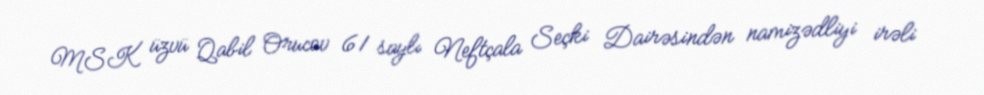
MSK üzvü Qabil Orucov 61 saylı Neftçala Seçki Dairəsindən namizədliyi irəli